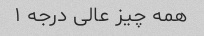
همه چیز عالی ‌درجه ۱